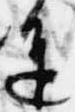
進